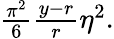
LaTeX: \begin{array}{r}{\frac{\pi^{2}}{6}\frac{y-r}{r}\eta^{2}.}\end{array}